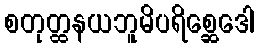
စတုတ္ထနယဘူမိပရိစ္ဆေဒေါ